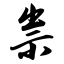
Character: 祟